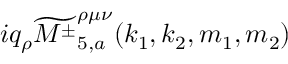
i q _ { \rho } \widetilde { { M ^ { \pm } } } _ { 5 , a } ^ { \rho \mu \nu } ( k _ { 1 } , k _ { 2 } , m _ { 1 } , m _ { 2 } )